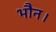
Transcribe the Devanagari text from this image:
भौन।